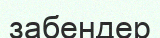
забендер